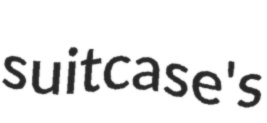
suitcase's